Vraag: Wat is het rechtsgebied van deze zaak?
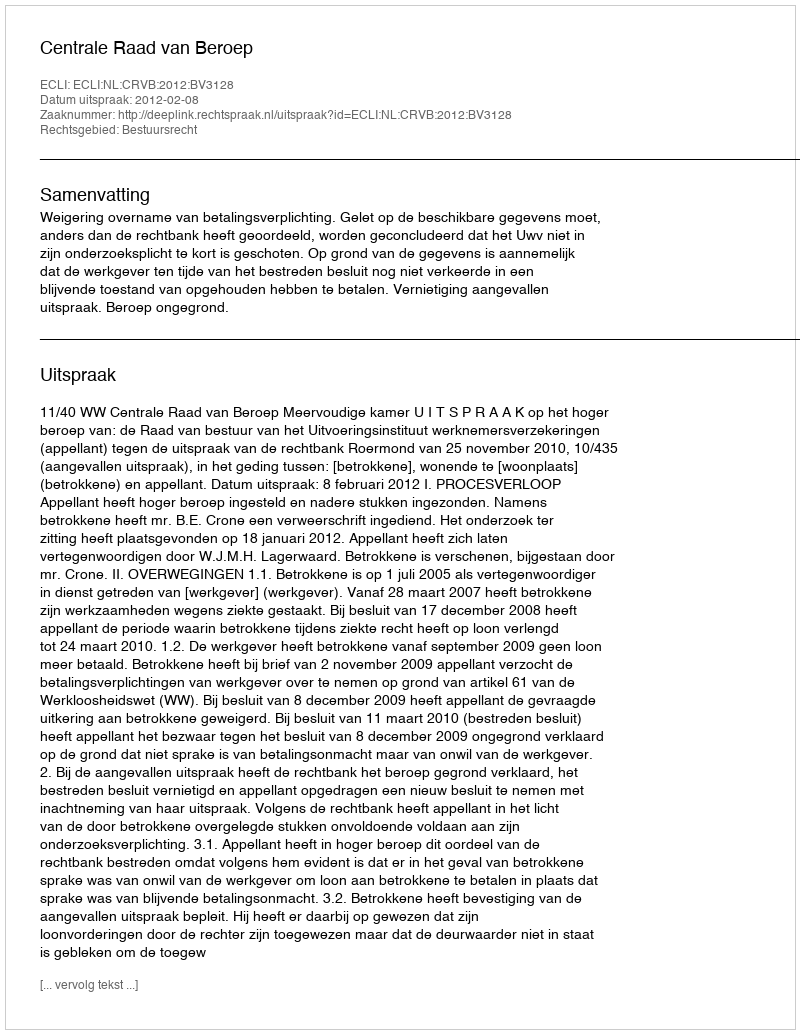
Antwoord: Bestuursrecht